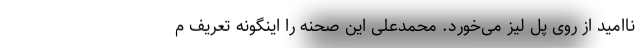
ناامید از روی پل لیز می‌خورد. محمدعلی این صحنه را اینگونه تعریف م